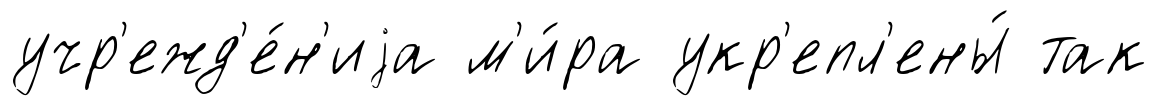
учр'ежд'е́н'иjа м'и́ра укр'епл'ены́ так